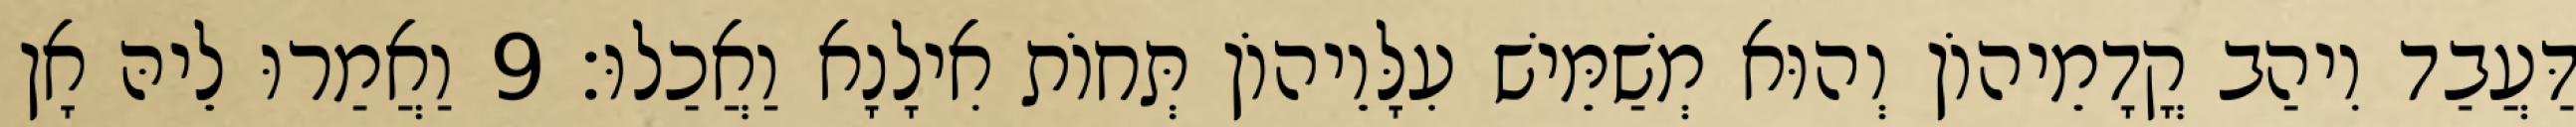
דַּעֲבַד וִיהַב קֳדָמֵיהוֹן וְהוּא מְשַׁמֵּישׁ עִלָּוֵיהוֹן תְּחוֹת אִילָנָא וַאֲכַלוּ׃ 9 וַאֲמַרוּ לֵיהּ אָן